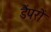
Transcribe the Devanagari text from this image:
डैंपरों